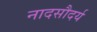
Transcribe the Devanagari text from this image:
नादसौदर्य